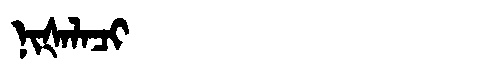
Manchu: ᠨᡳᡧᠠᠯᠠᠴᡳ
Romanization: NIŠALACI